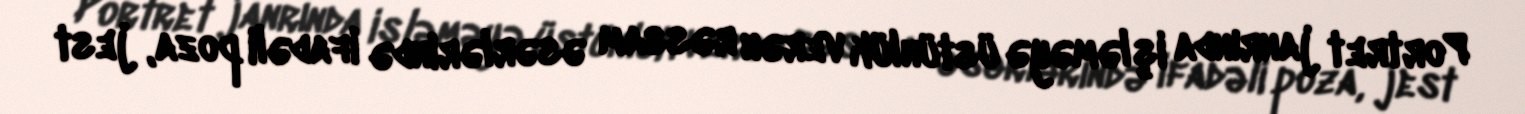
Portret janrında işləməyə üstünlük verən rəssam əsərlərində ifadəli poza, jest